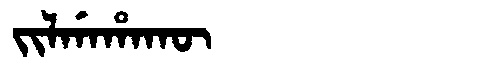
Manchu: ᠵᡳᠯᡤᠠᡥᠠᡴᡡ
Romanization: JILGAHAKŪ